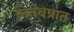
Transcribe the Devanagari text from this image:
नितंबप्रांत